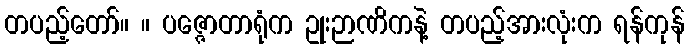
တပည့်တော်။ ။ ပဇ္ဇောတာရုံက ဥုးဉာဏိကနဲ့ တပည့်အားလုံးက ရန်ကုန်